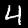
Digit: 4